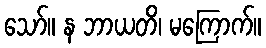
သော်။ န ဘာယတိ၊ မကြောက်။